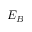
E _ { B }